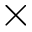
\times